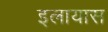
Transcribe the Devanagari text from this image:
इलायास